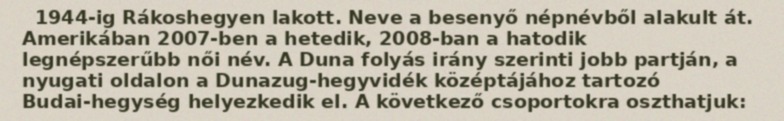
1944-ig Rákoshegyen lakott. Neve a besenyő népnévből alakult át. Amerikában 2007-ben a hetedik, 2008-ban a hatodik legnépszerűbb női név. A Duna folyás irány szerinti jobb partján, a nyugati oldalon a Dunazug-hegyvidék középtájához tartozó Budai-hegység helyezkedik el. A következő csoportokra oszthatjuk: